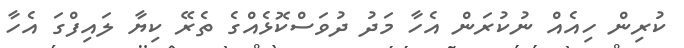
ކުރިން ހިއެއް ނުކުރަން އެހާ މަދު ދުވަސްކޮޅެއްގެ ތެރޭ ކިޔާ ލައިފްގަ އެހާ